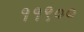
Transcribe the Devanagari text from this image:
११९००